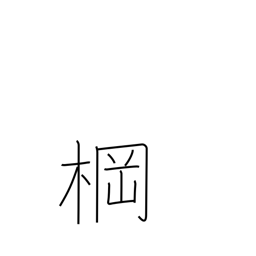
Meaning: mast crossbeam